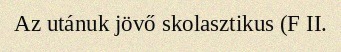
Az utánuk jövő skolasztikus (F II.